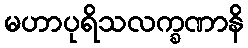
မဟာပုရိသလက္ခဏာနိ